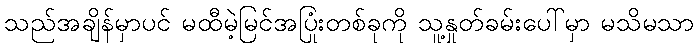
သည်အချိန်မှာပင် မထီမဲ့မြင်အပြုံးတစ်ခုကို သူ့နှုတ်ခမ်းပေါ်မှာ မသိမသာ